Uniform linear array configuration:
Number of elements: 8
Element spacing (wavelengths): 0.5
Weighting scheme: hamming
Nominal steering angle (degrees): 60
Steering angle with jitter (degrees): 61.264
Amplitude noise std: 0.05
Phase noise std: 0.05

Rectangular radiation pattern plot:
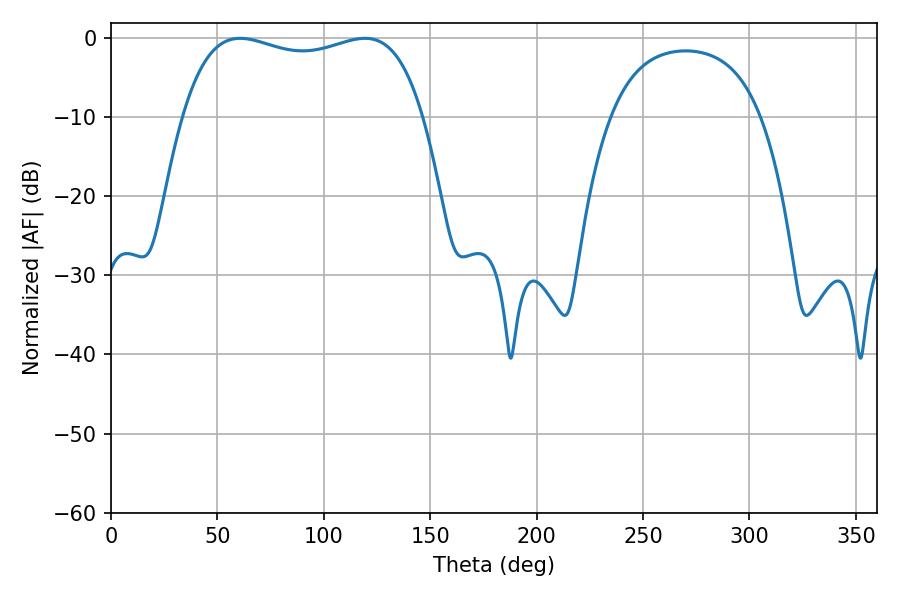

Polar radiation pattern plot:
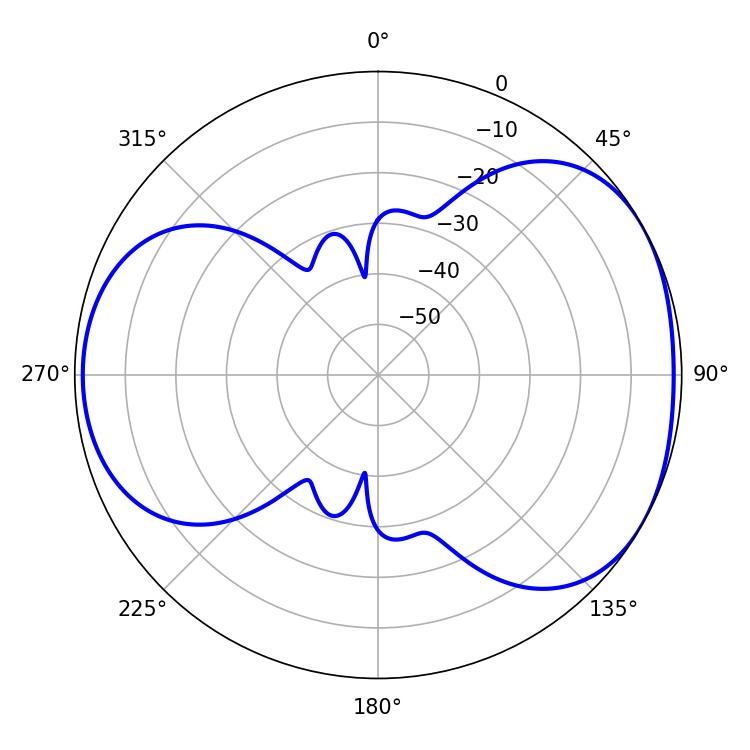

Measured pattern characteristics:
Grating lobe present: FALSE
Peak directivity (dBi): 4.508
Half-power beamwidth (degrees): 91.8
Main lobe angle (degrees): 60.66